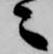
々